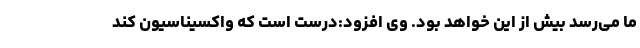
ما می‌رسد بیش از این خواهد بود. وی افزود:درست است که واکسیناسیون کند